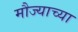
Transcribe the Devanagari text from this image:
मौज्याच्या